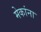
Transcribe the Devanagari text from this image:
मेकांना